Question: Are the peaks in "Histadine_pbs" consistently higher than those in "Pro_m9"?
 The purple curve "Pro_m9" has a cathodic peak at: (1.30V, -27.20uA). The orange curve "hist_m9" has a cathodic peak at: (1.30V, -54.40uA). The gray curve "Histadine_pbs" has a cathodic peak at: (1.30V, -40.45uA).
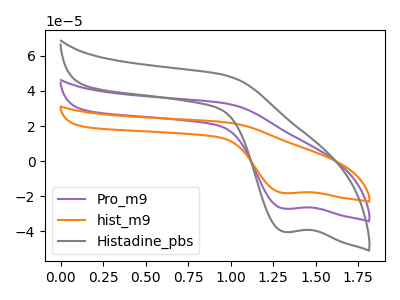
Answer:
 <answer>Every peak in "Histadine_pbs" is higher than every peak in "Pro_m9".</answer>
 <eval>higher</eval>